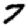
Digit: 7